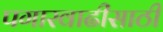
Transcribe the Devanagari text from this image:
पगारवाढीसाठी